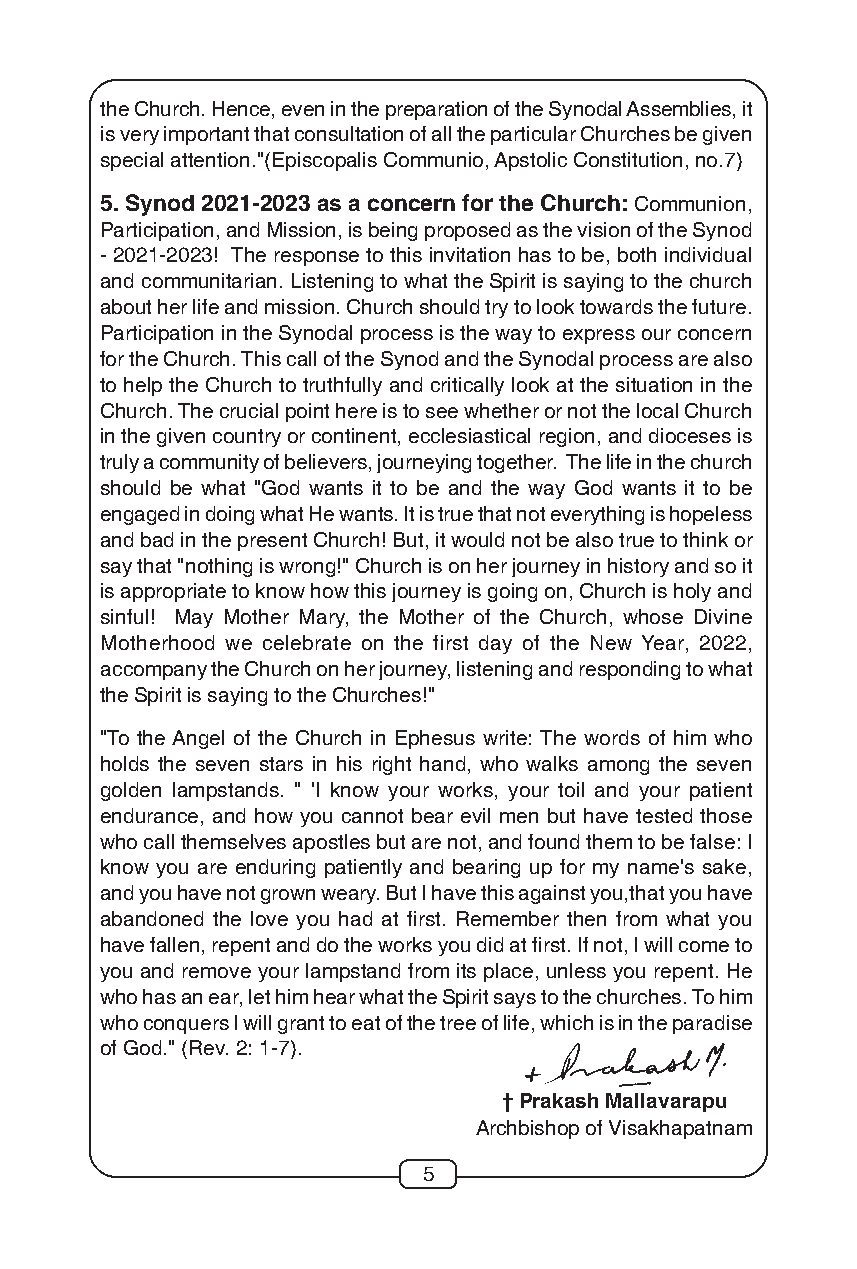
the Church. Hence, even in the preparation of the Synodal Assemblies, it
 is very important that consultation of all the particular Churches be given
 special attention."(Episcopalis Communio, Apstolic Constitution, no.7)
 5. Synod 2021-2023 as a concern for the Church: Communion,
 Participation, and Mission, is being proposed as the vision of the Synod
 - 2021-2023! The response to this invitation has to be, both individual
 and communitarian. Listening to what the Spirit is saying to the church
 about her life and mission. Church should try to look towards the future.
 Participation in the Synodal process is the way to express our concern
 for the Church. This call of the Synod and the Synodal process are also
 to help the Church to truthfully and critically look at the situation in the
 Church. The crucial point here is to see whether or not the local Church
 in the given country or continent, ecclesiastical region, and dioceses is
 truly a community of believers, journeying together. The life in the church
 should be what "God wants it to be and the way God wants it to be
 engaged in doing what He wants. It is true that not everything is hopeless
 and bad in the present Church! But, it would not be also true to think or
 say that "nothing is wrong!" Church is on her journey in history and so it
 is appropriate to know how this journey is going on, Church is holy and
 sinful! May Mother Mary, the Mother of the Church, whose Divine
 Motherhood we celebrate on the first day of the New Year, 2022,
 accompany the Church on her journey, listening and responding to what
 the Spirit is saying to the Churches!"
 "To the Angel of the Church in Ephesus write: The words of him who
 holds the seven stars in his right hand, who walks among the seven
 golden lampstands. " 'I know your works, your toil and your patient
 endurance, and how you cannot bear evil men but have tested those
 who call themselves apostles but are not, and found them to be false: I
 know you are enduring patiently and bearing up for my name's sake,
 and you have not grown weary. But I have this against you,that you have
 abandoned the love you had at first. Remember then from what you
 have fallen, repent and do the works you did at first. If not, I will come to
 you and remove your lampstand from its place, unless you repent. He
 who has an ear, let him hear what the Spirit says to the churches. To him
 who conquers I will grant to eat of the tree of life, which is in the paradise
 of God." (Rev. 2: 1-7).
 † Prakash Mallavarapu
 Archbishop of Visakhapatnam
 5